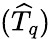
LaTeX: (\widehat{T}_{q})